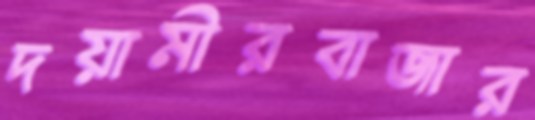
দয়ামীরবাজার